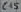
Text: C15